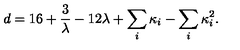
d = 1 6 + { \frac { 3 } { \lambda } } - 1 2 \lambda + \sum _ { i } \kappa _ { i } - \sum _ { i } \kappa _ { i } ^ { 2 } .